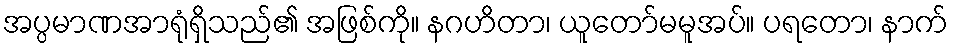
အပ္ပမာဏအာရုံရှိသည်၏ အဖြစ်ကို။ နဂဟိတာ၊ ယူတော်မမူအပ်။ ပရတော၊ နာက်